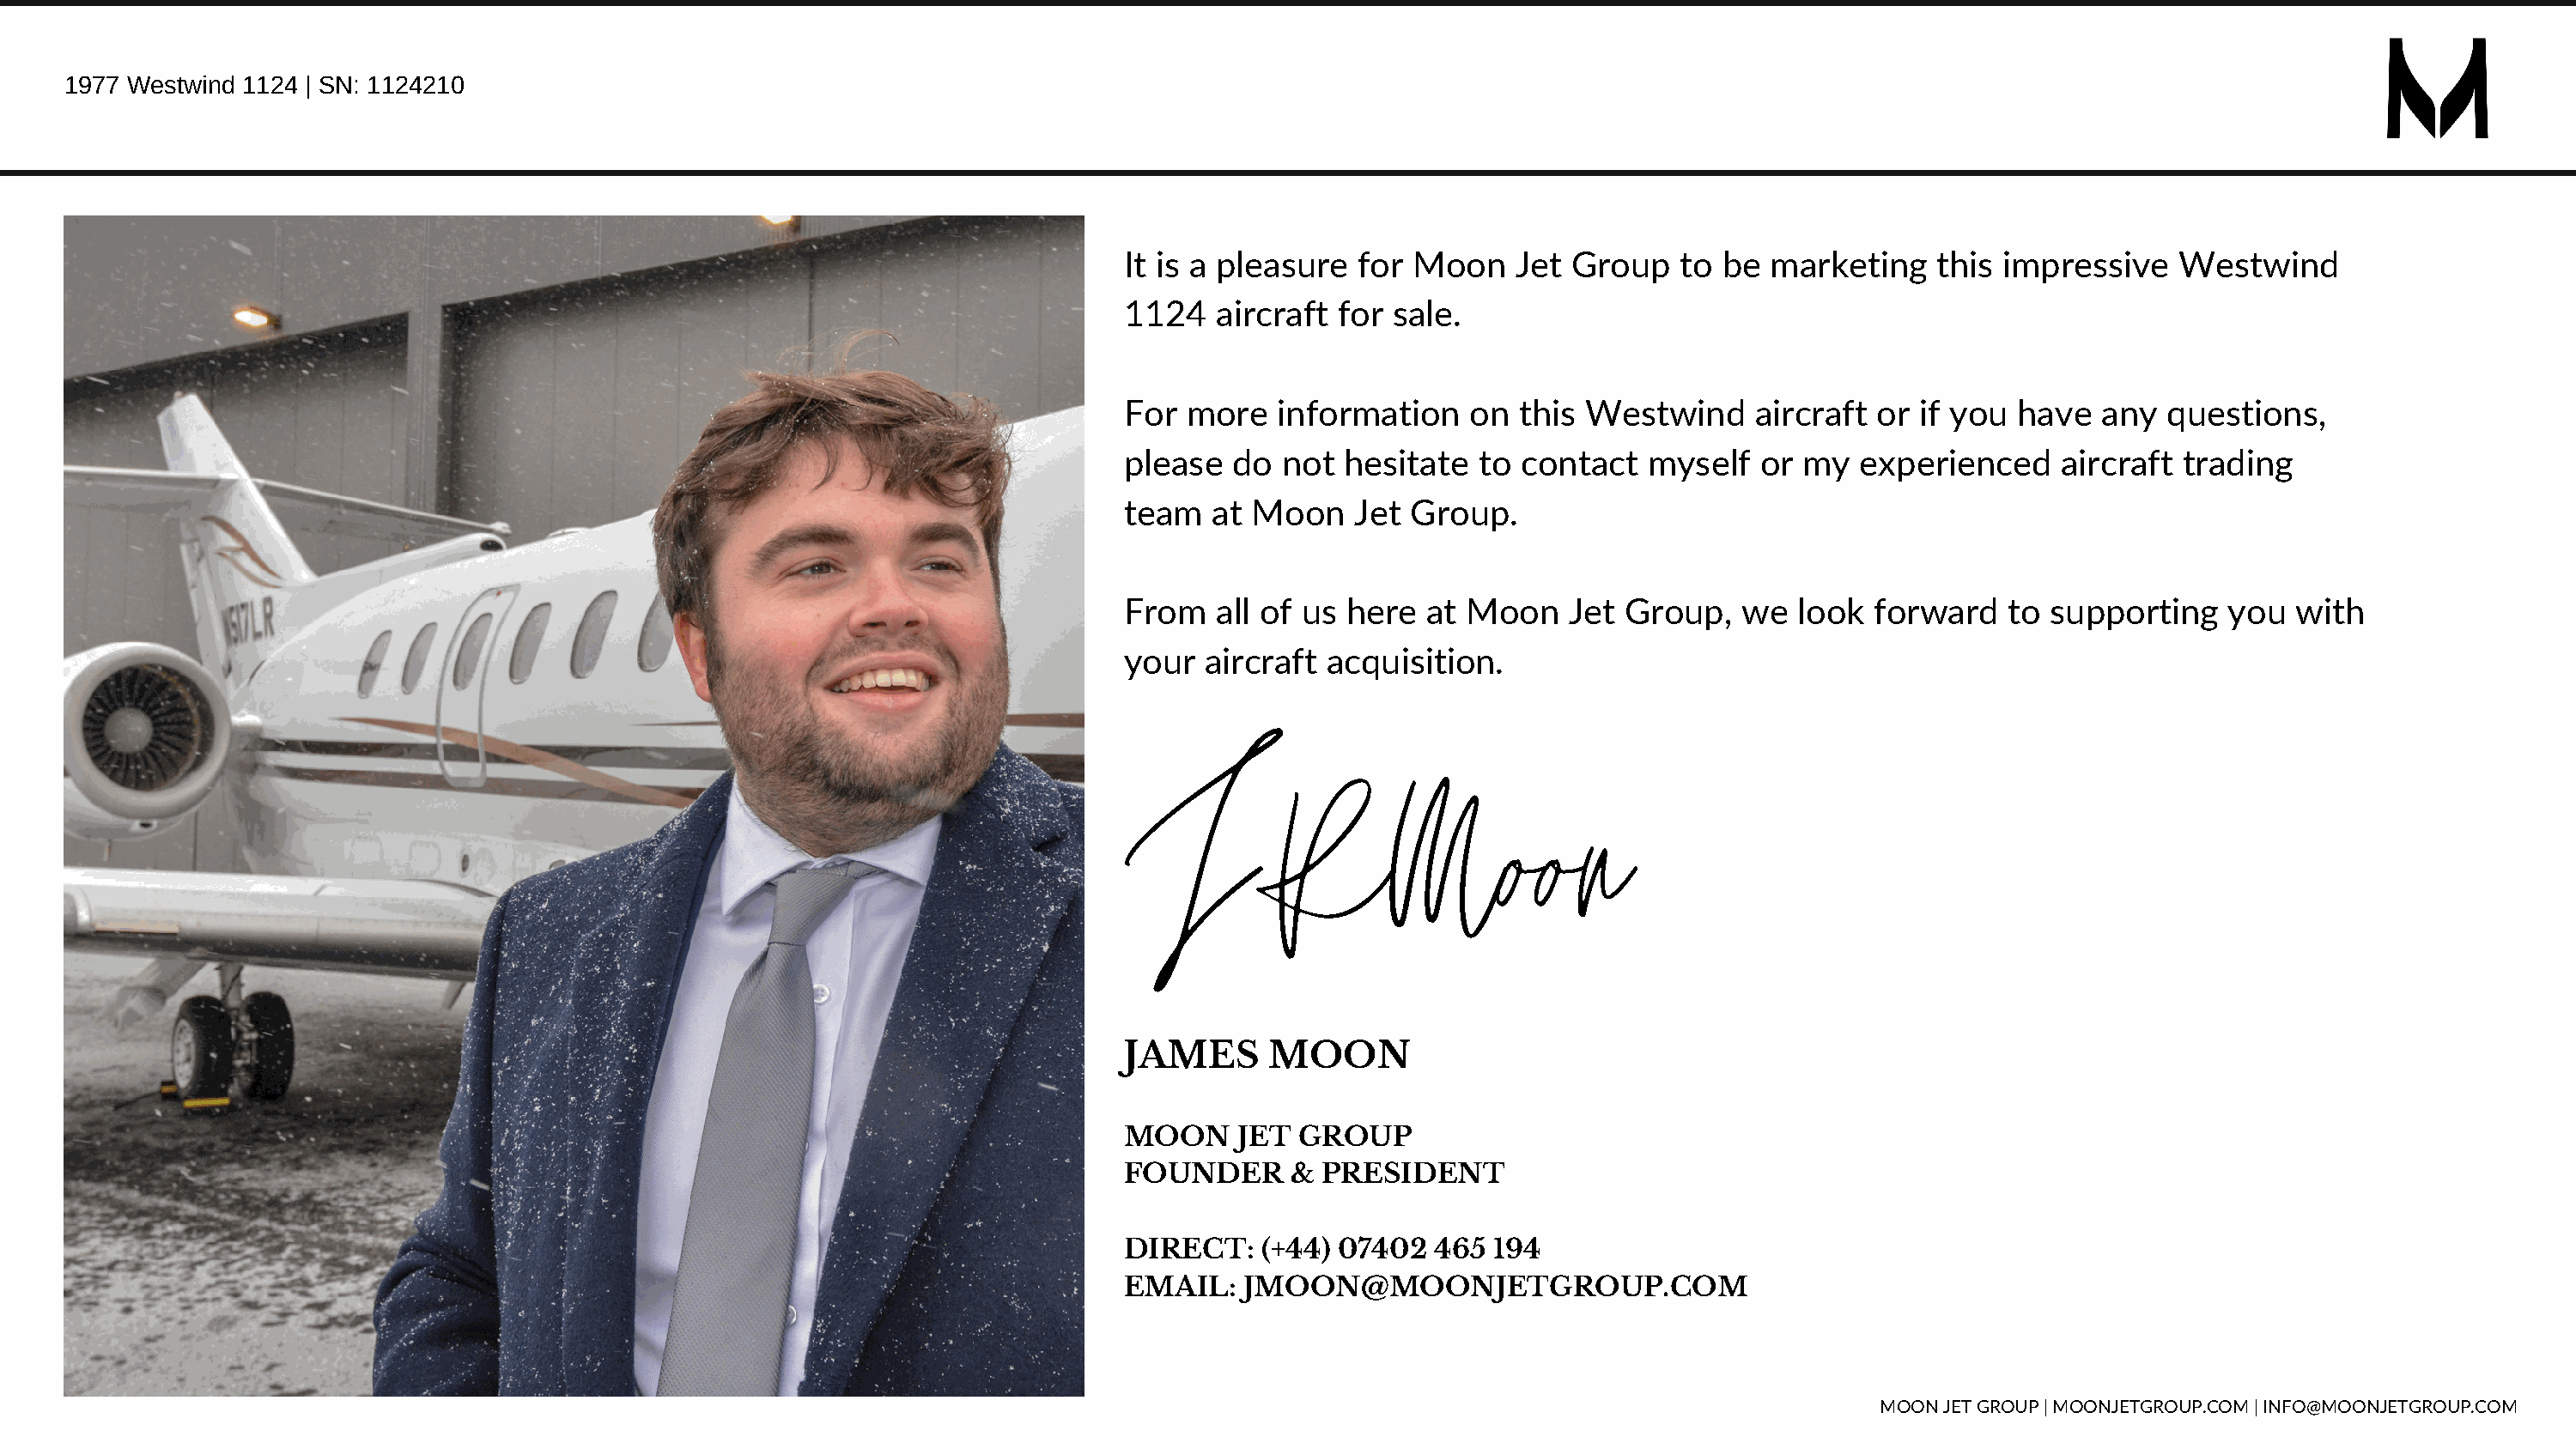
1977 Westwind 1124 | SN: 1124210
 It is a pleasure  for Moon    Jet Group    to be marketing    this impressive    Westwind
 1124   aircraft for sale.
 For more   information    on  this Westwind     aircraft  or if you  have  any  questions,
 please  do  not  hesitate  to contact   myself   or my  experienced     aircraft trading
 team  at Moon    Jet  Group.
 From   all of us here  at Moon    Jet Group,   we   look forward    to supporting    you  with
 your  aircraft acquisition.
 JRMoon
 JAMES      MOON
 MOON    JET  GROUP
 FOUNDER     &  PRESIDENT
 DIRECT:   (+44) 07402   465 194
 EMAIL:   JMOON@MOONJETGROUP.COM
 MOON JET GROUP | MOONJETGROUP.COM | INFO@MOONJETGROUP.COM